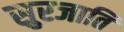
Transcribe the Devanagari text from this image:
सुरजाति